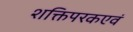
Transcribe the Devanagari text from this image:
शक्तिपरकएवं